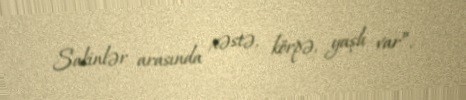
Sakinlər arasında xəstə, körpə, yaşlı var”.